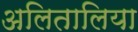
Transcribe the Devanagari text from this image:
अलितालिया